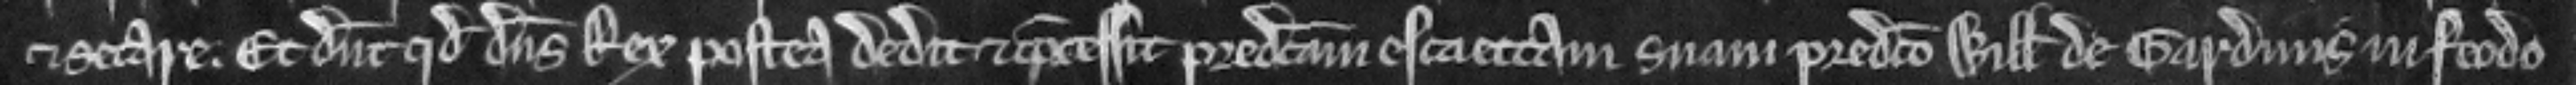
et secare. Et dicunt quod dominus Rex postea dedit et concessit predictam escaettam suam predicto Willelmo de Gardinis in feodo